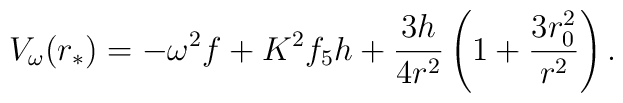
V_\omega(r_*) = - \omega^2 f + K^2 f_5 h + {3 h \over 4 r^2}   \left ( 1 + {3 r_0^2 \over r^2} \right  ).